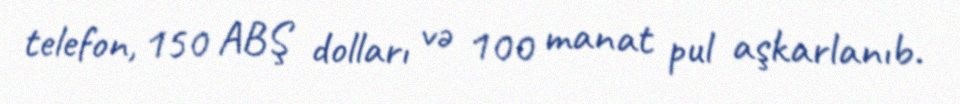
telefon, 150 ABŞ dolları və 100 manat pul aşkarlanıb.